system: You are a helpful assistant.
user:
Analyze the provided spectrum to determine if it is a **S-type Star**.

- **Key Indicators for S-type Star:**

    - **(Overall Spectrum Shape):** The first and most obvious characteristic is the overall continuum (the "baseline" shape). It is **extremely "red-sloping,"** meaning the flux (light intensity) is very low on the left side (blue, ~4000-4500 Å) and rises steeply and continuously toward the right side (red, ~7000 Å+).

    - **(Primary):** The spectrum is defined by the presence of strong, broad molecular absorption "valleys" (bands) from **Zirconium Oxide (ZrO)**. The identification of these bands is the **primary requirement** for classifying a star as S-type.
        - **(Key Bandheads):** You must find distinct, deep "dips" where the light has been absorbed. The most critical band systems to locate are:
            - **~6474 Å** ($\gamma$-system): This is often the strongest and clearest ZrO feature, found in the red part of the spectrum.
            - **~5718 Å** & **~5551 Å** ($\beta$-system): A pair of prominent absorption features in the yellow-orange part of the spectrum.
            - **~4640 Å** ($\alpha$-system): A key absorption band system in the blue-green region of the spectrum.

    - **(Secondary Confirmation):** The classification is strengthened by finding additional absorption bands from other related heavy element oxides, which are expected to be present alongside ZrO.
        - **(Key Bandheads):**
            - **Yttrium Oxide (YO):** Look for absorption dips near **~4800 Å** and **~6100 Å**.
            - **Lanthanum Oxide (LaO):** Additional absorption features, particularly in the red-orange part of the spectrum, are also characteristic.

    - **(Line Profile):** The combination of the steep red continuum and these numerous, deep molecular bands (ZrO, YO, etc.) gives the entire spectrum a very **"chopped-up"** or **"bumpy"** appearance. Instead of a smooth curve, the spectrum looks as though large, wide chunks of light have been "carved out" of it at the specific wavelengths listed above.

Think first, call **spectral_visualization_tool** if needed to examine features in detail, then provide your final answer. Your response must adhere to the following strict rules:
1.  **Overall Structure:** Your response must follow the format `<think>...</think> <tool_call>...</tool_call> (if a tool is used) <answer>...</answer>`.
2.  **Tool Usage Constraint:** You may only make **one** tool call per turn.
3.  **Final Answer Format:** In the `<answer>` tag, your conclusion must be inside a `\boxed{}` command (e.g., `\boxed{YES}` or `\boxed{NO}`), followed by your justification.

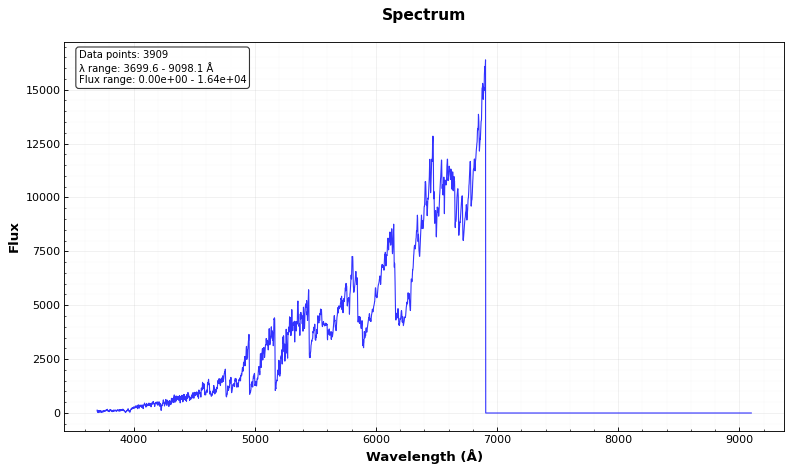
Answer: YES